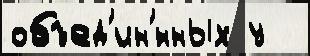
объед'ин'́нных у